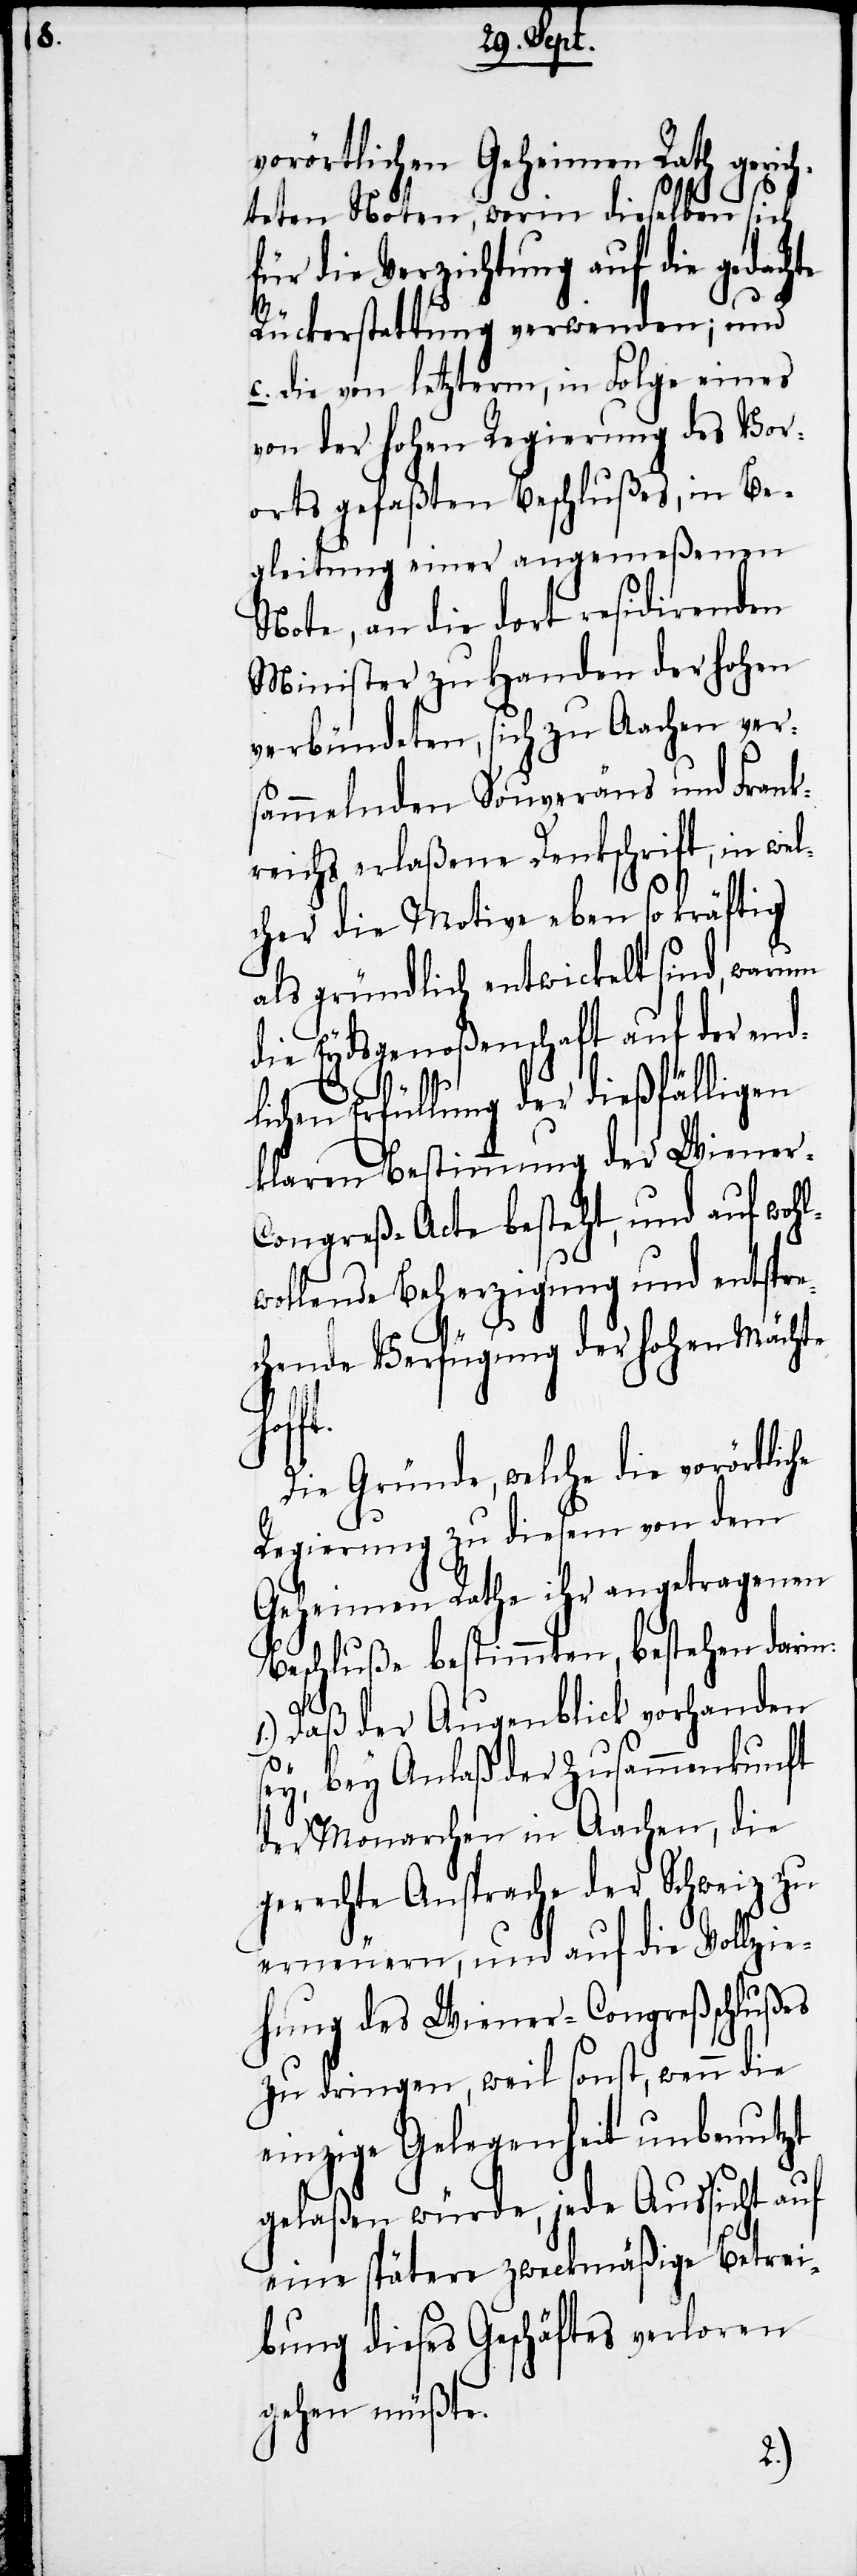
n:

vorörtlichen Geheimen Rath gerich¬
teten Noten, worin dieselben sich
für die Verzichtung auf die gedach¬
Rückerstattung verwenden; und
c. die von letztern, in Folge eines
von der hohen Regierung des Vor¬
orts gefaßten Beschlußes, in Be¬
gleitung einer angemeßenen
Note, an die dort residirenden
Minister zu Handen der hohen
verbündeten, sich zu Aachen vers¬
ammelnden Souveräns und Frank¬
reichs erlaßene Denkschrift, in wel¬
cher die Motive eben so kräftig
als gründlich entwickelt sind, warum
die Eydsgenoßenschaft auf der end¬
lichen Erfüllung der dießfälligen
klaren Bestimmung der Wiene¬
ongreß-Acte besteht, und auf wohl¬
wollende Beherzigung und entspre¬
chende Verfügung der hohen Mächte
unft
Die Gründe, welche die vorörtlic¬
Regierung zu diesem von dem
Geheimen Rathe ihr angetragenen
Beschluße bestimmten, bestehen dari¬
1.) Daß der Augenblick vorhanden
he
sey, bey Anlaß der Zusam¬
der Monarchen in Aachen, die
gerechte Ansprache der Schweiz zu
erneuern, und auf die Vollzie¬
hung des Wiener-Congreßschlußes
zu dringen, weil sonst, wenn die
einzige Gelegenheit unbenutzt
gelaßen würde, jede Aussicht auf
eine spätere zweckmäßige Betrei¬
bung dieses Geschäftes verloren
gehen müßte.